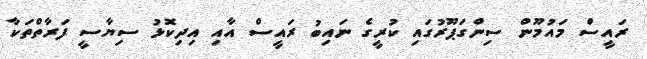
ރައީސް މައުމޫން ސިންގަޕޫރުގައި ކުރީގެ ނައިބު ރައީސް އާއި އިދިކޮޅު ސިޔާސީ ފަރާތްތަކާ